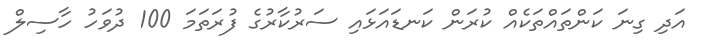
އަދި ގިނަ ކަންތައްތަކެއް ކުރަން ކަނޑައަޅައި ސަރުކާރުގެ ފުރަތަމަ 100 ދުވަހު ހާސިލް